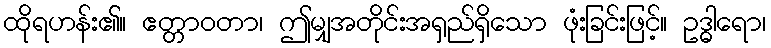
ထိုရဟန်း၏။ ဧတ္တာဝတာ၊ ဤမျှအတိုင်းအရှည်ရှိသော ဖုံးခြင်းဖြင့်။ ဥဒ္ဓါရော၊